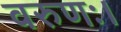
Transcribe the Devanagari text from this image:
वरुणः।